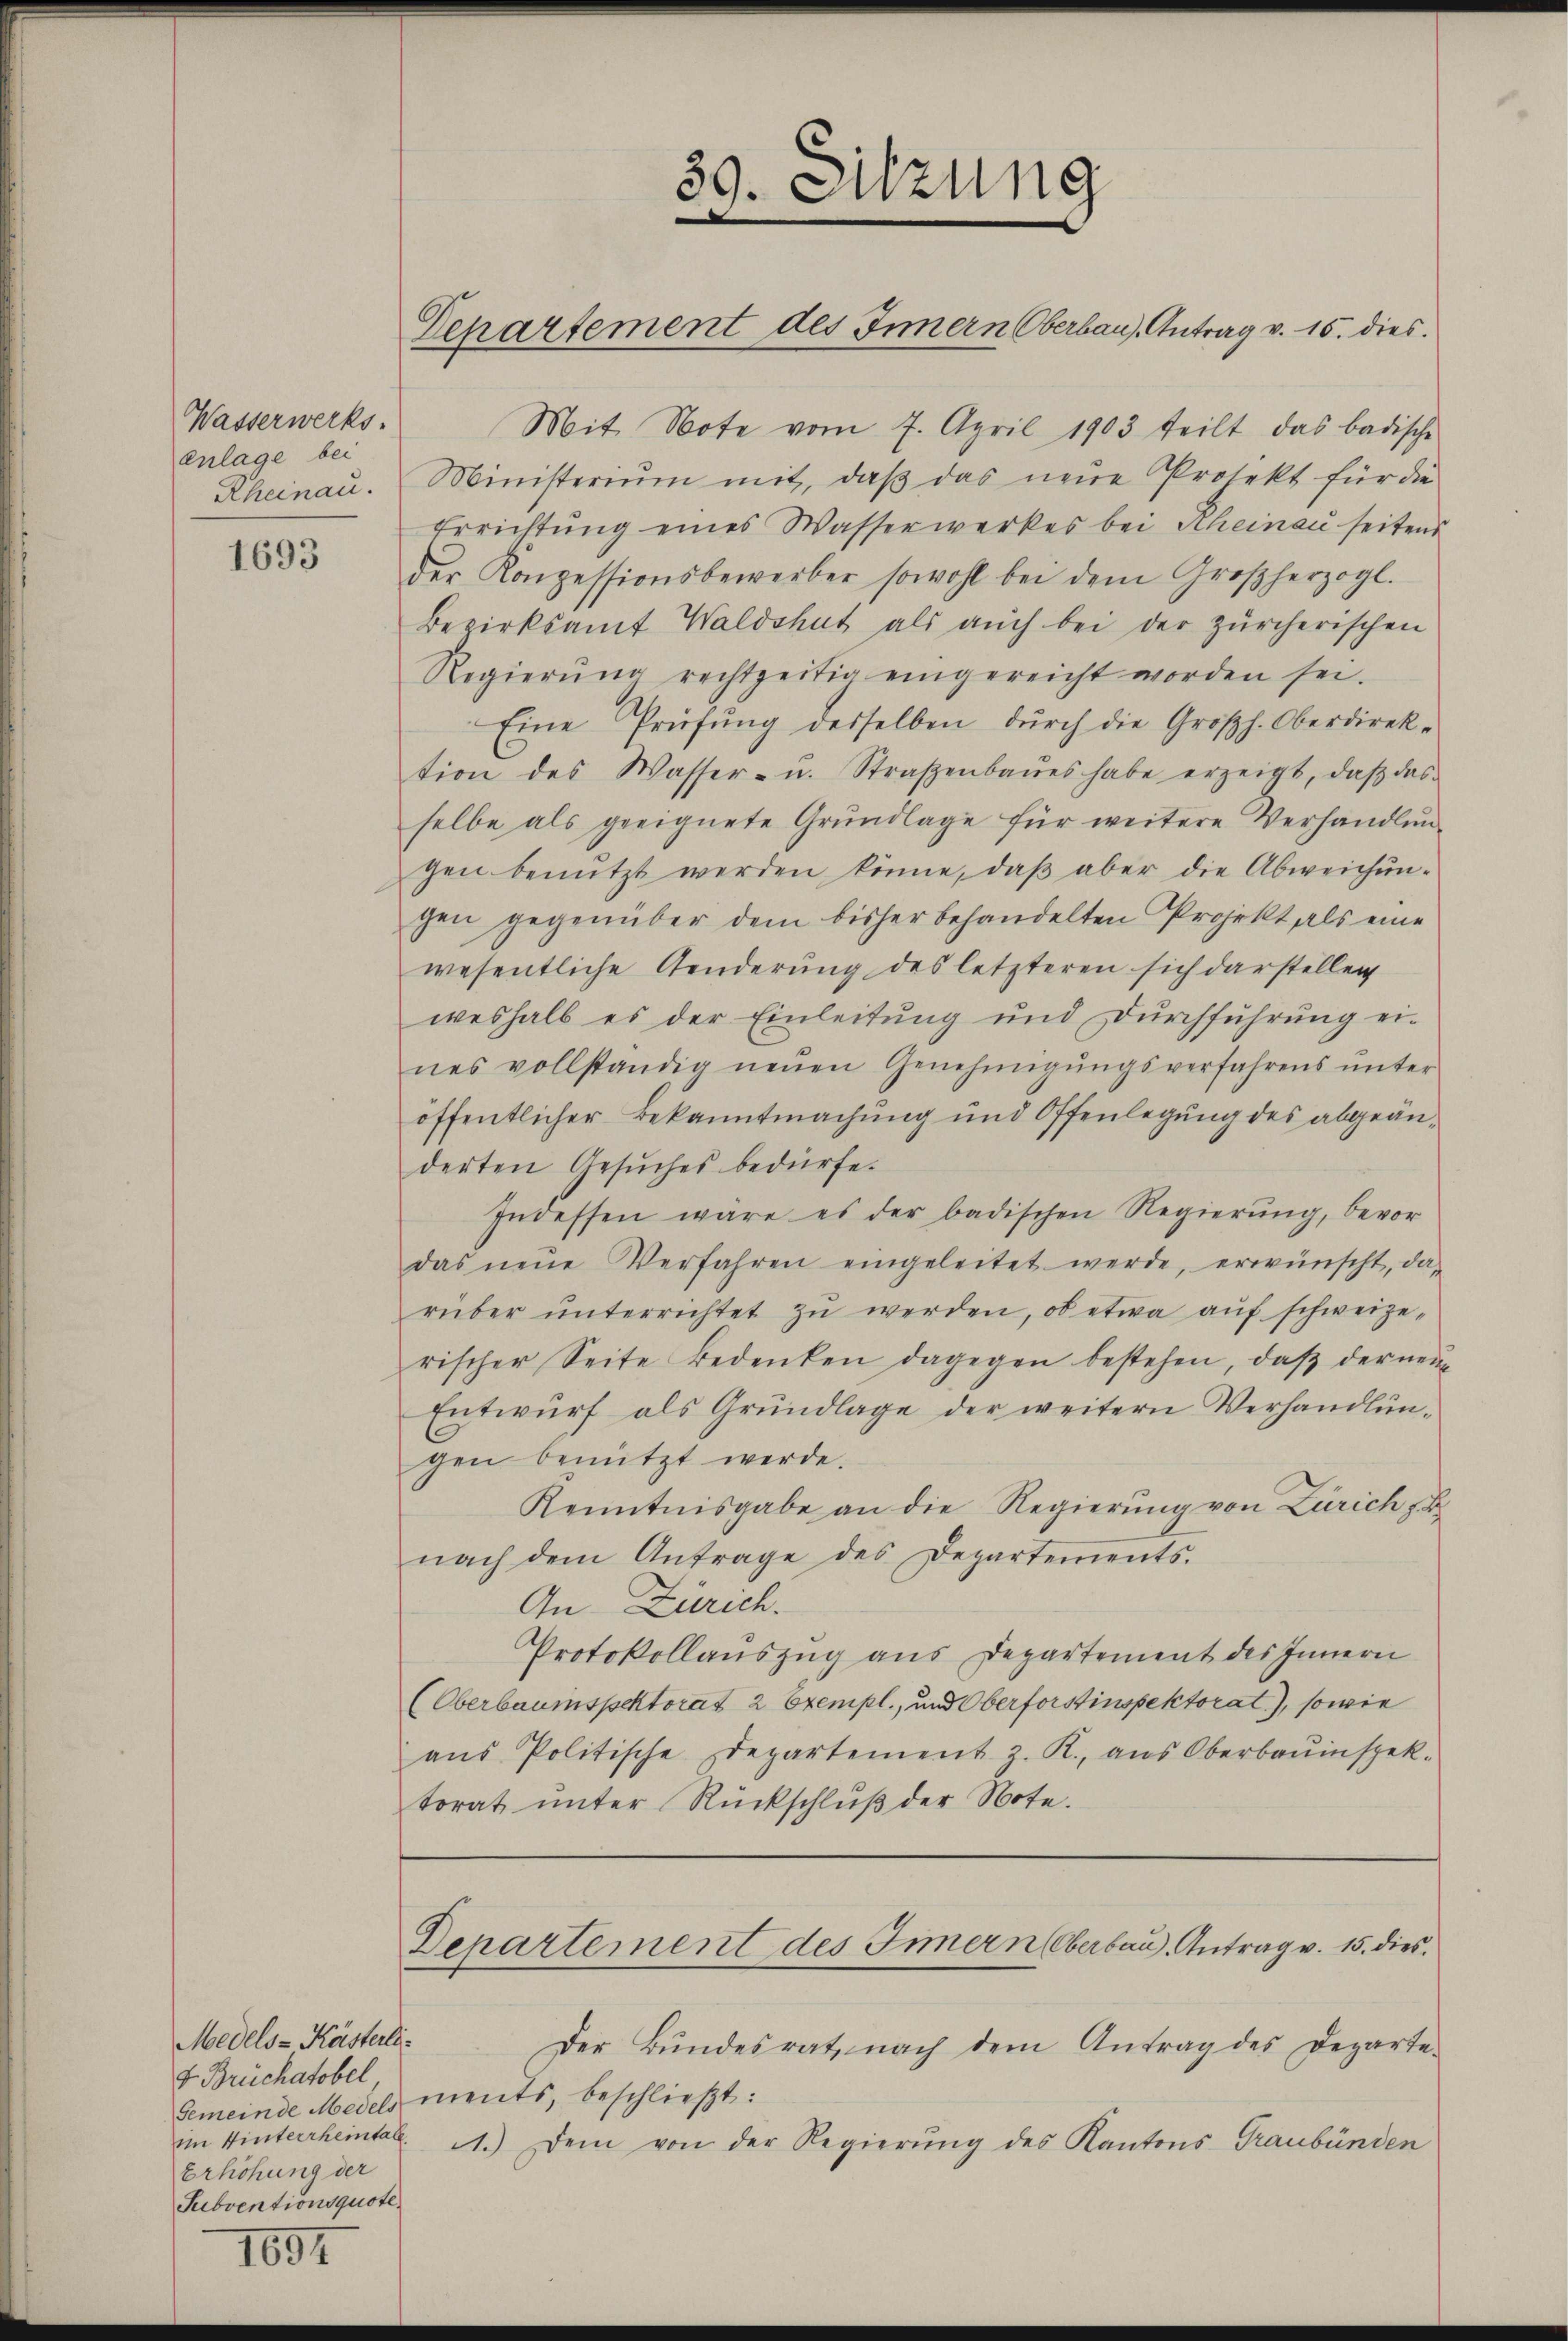
Wasserwerks-
enlage bei
Rheinau.

1693

Medels- Kästerli
d Brüchatobel
Gemeinde Medels
im Winterrheintale
Erhöhung der
Subventionsquote.

1697

Mit Note vom 7. April 1903 teilt, das badische
Ministeriŭm mit, daβ das neue Projekt für die
Errichtŭng eines Wasserwerkes bei Rheinau seitens
der Konzessionsbewerber sowohl bei dem Großherzogl.
Bezirksamt Waldshut als aŭch bei der zürcherischen
Regierŭng rechtzeitig eingereicht worden sei.
Eine Prüfŭng desselben dŭrch die Großh. Oberdirektion des Wasser- u. Straβenbaŭes habe erzeigt, daβ das
selbe als geeignete Grŭndlage für weitere Verhandlungen benutzt werden könne, daβ aber die Abweichŭn-
gen gegenüber dem bisher behandelten Projekt als eine
wesentliche Aenderung des letzteren sich darstellen
weshalb es der Einleitung und Durchführŭng ei-
nes vollständig neŭen Genehmigŭngsverfahrens ŭnter
öffentlicher Bekanntmachung und Offenlegung des abgeänderten Gesŭches bedürfe.
Indessen wäre es der badischen Regierŭng, bevor
das neŭe Verfahren eingeleitet werde, erwünscht, da-
rüber ŭnterrichtet zŭ werden, ob etwa aŭf schweize-
rischer Seite Bedenken dagegen bestehen, daβ der neŭe
Entwŭrf als Grŭndlage der weitern Verhandlun-
gen benützt werde.
Kenntnisgabe an die Regierŭng von Zürich z. B.
nach dem Antrage des Departements.
An Zürich.
Protokollauszug aus Departement des Innern
(Oberbauinspektorat 2 Exempl., und Oberforstinspektorat), sowie
aŭs Politische Departement z. R., ans Oberbauinspek-
torat unter Rückschluß der Note.

39. Sitzung

Departement des Innern Oberbaus Antrag v. 15. dies

Departement des Innern Oberbau Antrag v. 15. dies

Der Bŭndesrat nach dem Antrag des Departe-
nents, beschließt:
1.) Dem von der Regierŭng des Kantons Graubünden